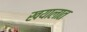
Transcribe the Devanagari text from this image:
खयालात